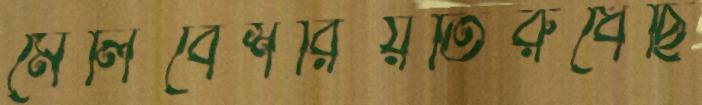
মেলিবেশরিয়তিরুধেছি